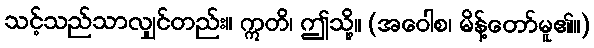
သင့်သည်သာလျှင်တည်း။ ဣတိ၊ ဤသို့။ (အဝေါစ၊ မိန့်တော်မူ၏။)